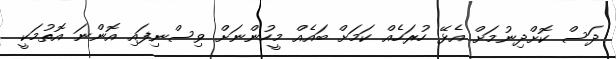
ދަސް ކޮށްދިނުމަށް އެޅޭ ހުރަހެއް ކަމަށް ބައެއް މީހުންނަށް ވިސްނިފައި އޮންނަ އޮތުމަކީ